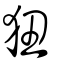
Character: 狃